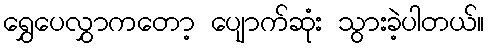
ရွှေပေလွှာကတော့ ပျောက်ဆုံး သွားခဲ့ပါတယ်။